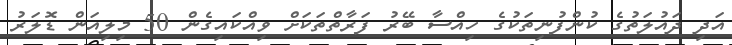
އަދި ދައުލަތުގެ ކުންފުނިތަކުގެ ހިއްސާ ބޭރު ފަރާތްތަކަށް ވިއްކައިގެން 50 މިލިއަން ޑޮލަރު